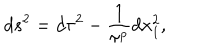
d s ^ { 2 } = d \tau ^ { 2 } - { \frac { 1 } { \tau ^ { p } } } d x _ { 1 } ^ { 2 } ,